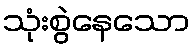
သုံးစွဲနေသော